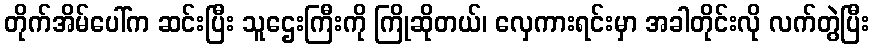
တိုက်အိမ်ပေါ်က ဆင်းပြီး သူဌေးကြီးကို ကြိုဆိုတယ်၊ လှေကားရင်းမှာ အခါတိုင်းလို လက်တွဲပြီး